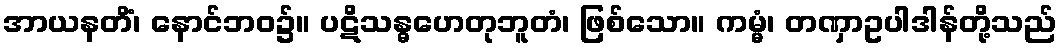
အာယနတိံ၊ နောင်ဘဝ၌။ ပဋိသန္ဓဟေတုဘူတံ၊ ဖြစ်သော။ ကမ္မံ၊ တဏှာဥပါဒါန်တို့သည်